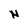
Character: N